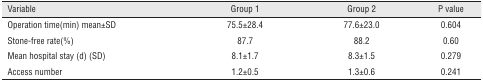
| Variable | Group 1 | Group 2 | P value |
 | --- | --- | --- | --- |
 | Operation time(min) mean±SD | 75.5±28.4 | 77.6±23.0 | 0.604 |
 | Stone-free rate(%) | 87.7 | 88.2 | 0.60 |
 | Mean hospital stay (d) (SD) | 8.1±1.7 | 8.3±1.5 | 0.279 |
 | Access number | 1.2±0.5 | 1.3±0.6 | 0.241 |